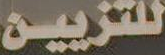
للتزيين